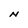
Character: N